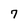
Character: 7